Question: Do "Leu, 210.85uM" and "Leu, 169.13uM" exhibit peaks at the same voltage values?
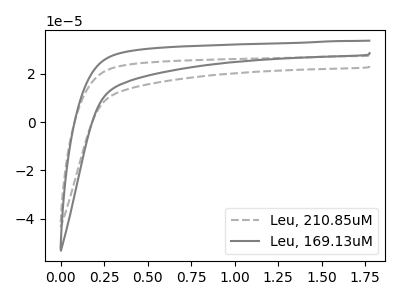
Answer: <think>The gray dashed curve "Leu, 210.85uM" has no peaks. The gray curve "Leu, 169.13uM" has no peaks.</think>
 <answer>Niether CV has any peaks.</answer>
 <eval>blanks</eval>